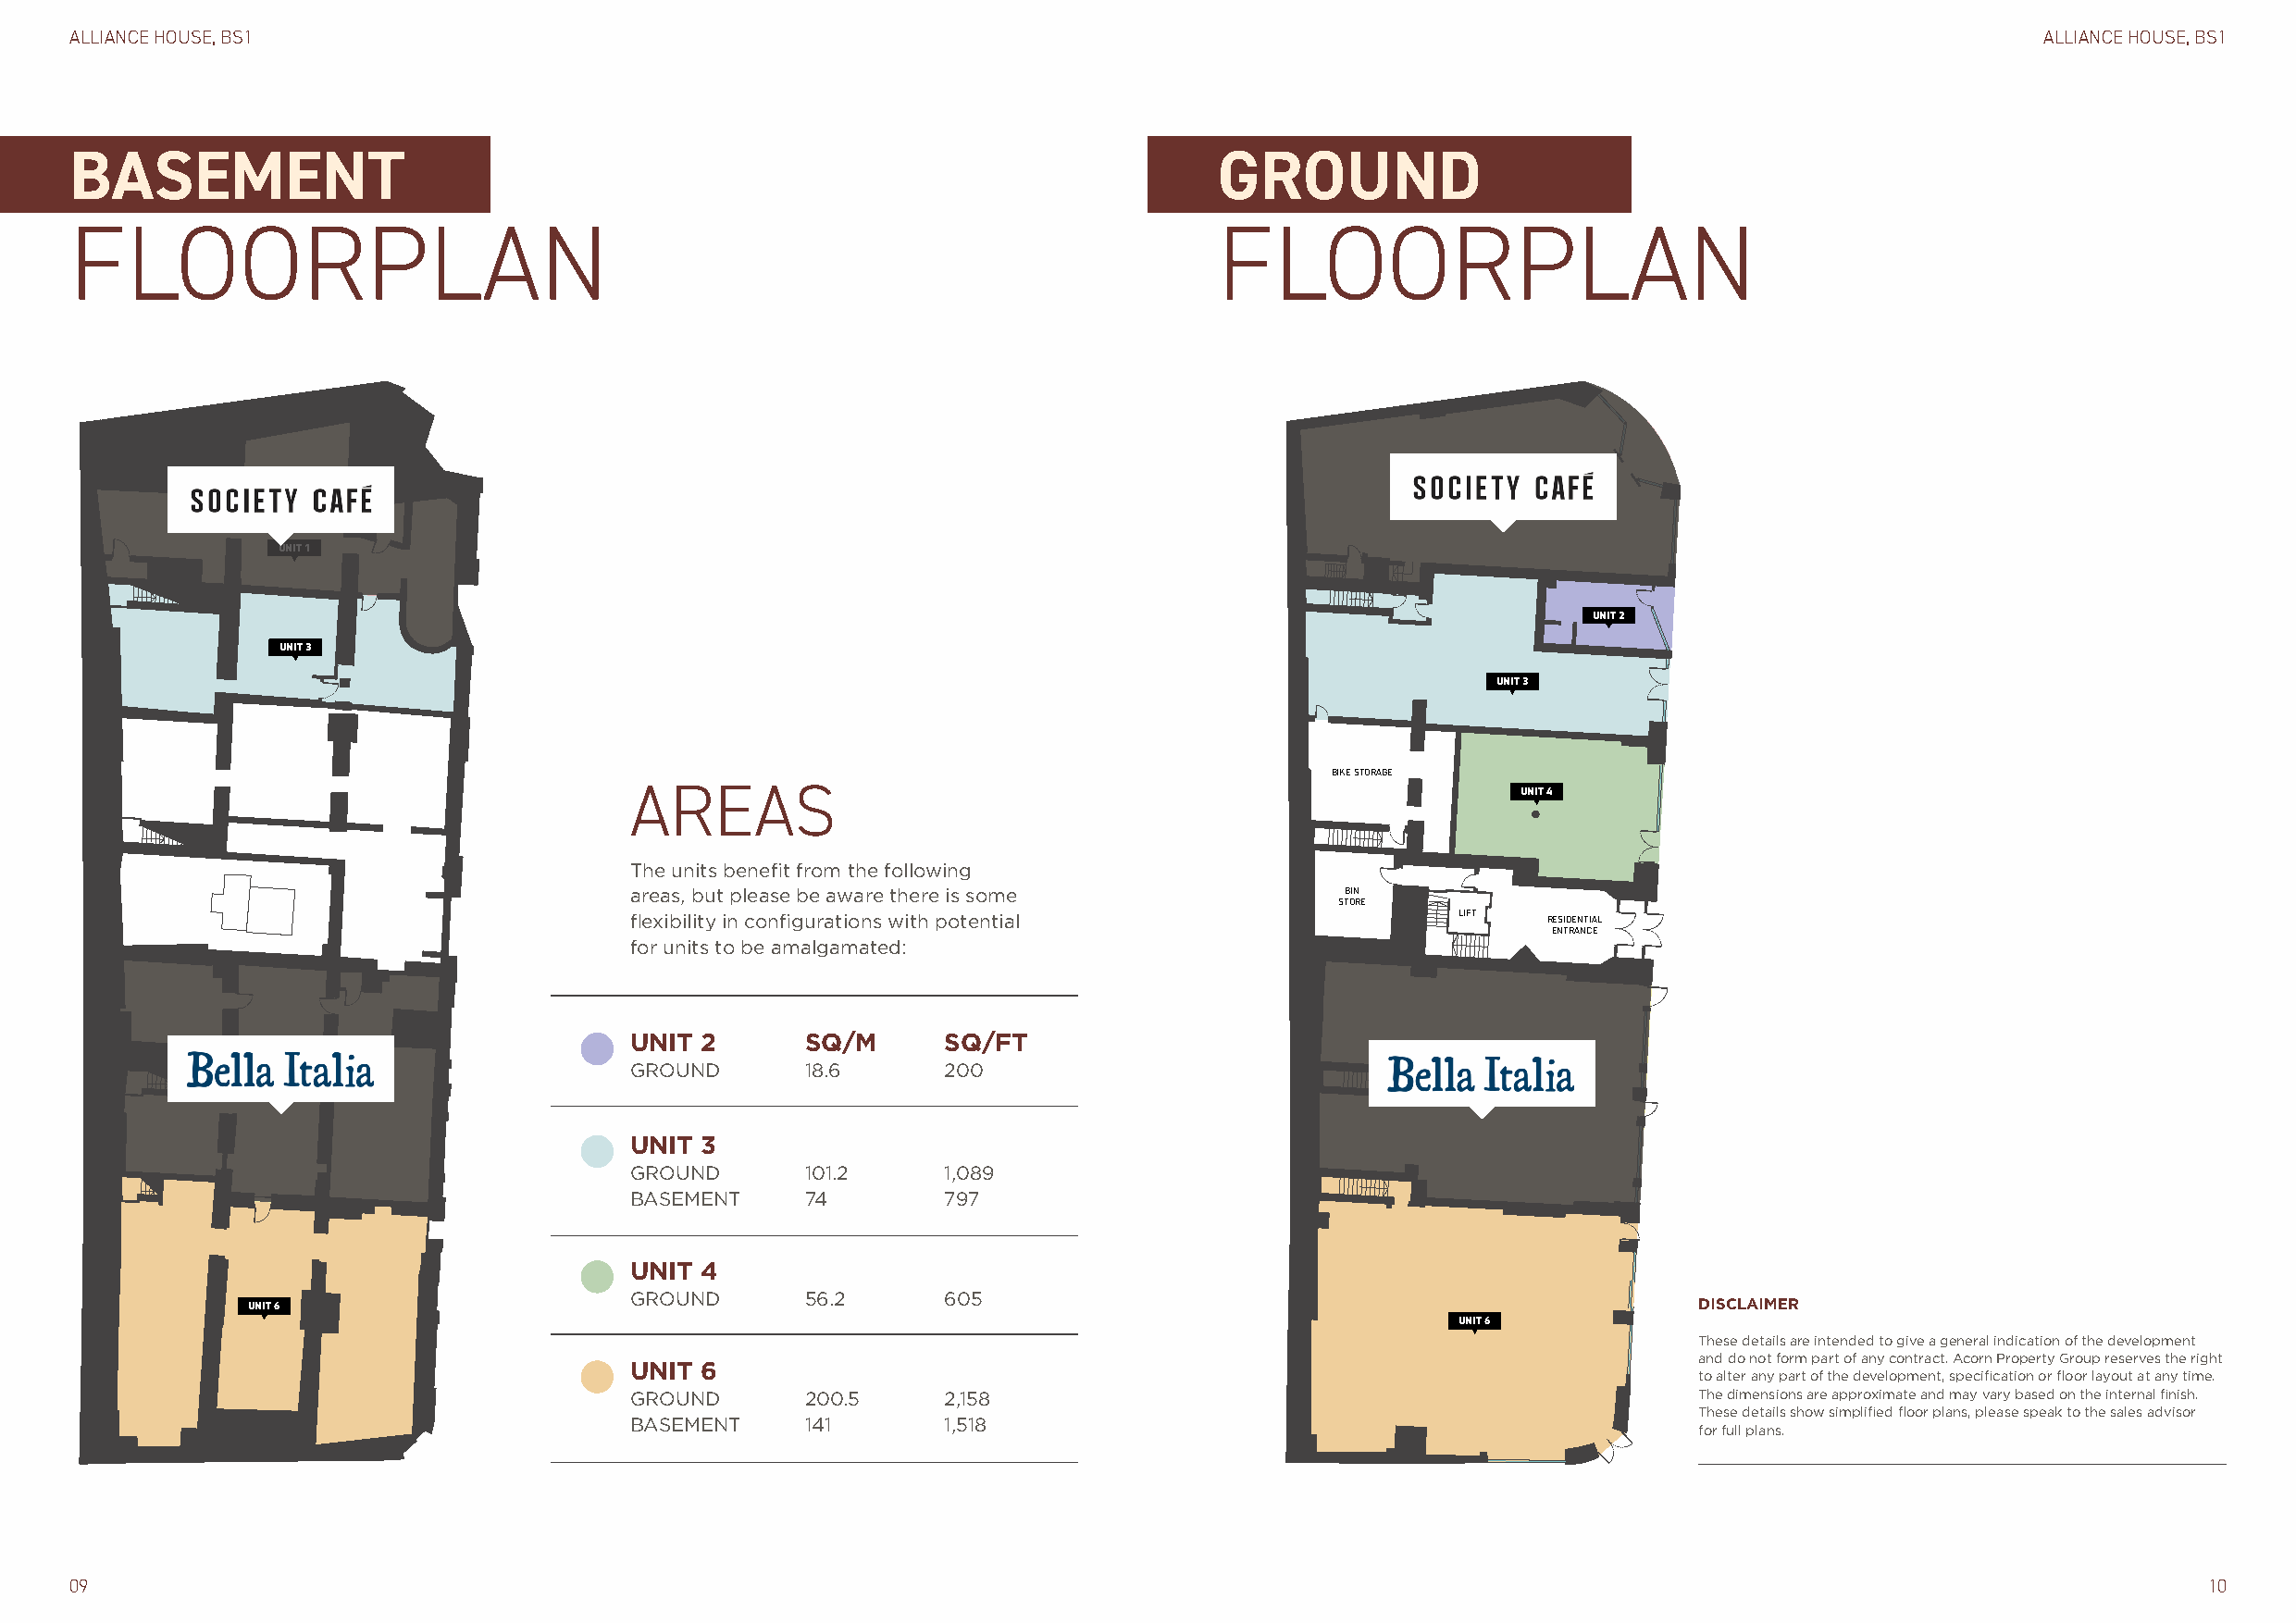
ALLIANCE HOUSE, BS1                                                                                                                          ALLIANCE HOUSE, BS1
 BASEMENT                                                                          GROUND
 FLOORPLAN                                                                         FLOORPLAN
 UNIT 1
 UNIT 1
 UNIT 2
 UNIT 3
 UNIT 3
 BIKE STORAGE
 AREAS                                                           UNIT 4
 The units benefit from the following
 areas, but please be aware there is some           BIN
 STORE
 flexibility in configurations with potential               LIFT   RESIDENTIAL
 ENTRANCE
 for units to be amalgamated:
 UNIT 2       SQ/M      SQ/FT
 GROUND       18.6      200
 UNIT 3
 GROUND       101.2     1,089
 BASEMENT     74        797
 UNIT 4
 GROUND       56.2      605
 UNIT 6                                                                                                 DISCLAIMER
 UNIT 6
 These details are intended to give a general indication of the development
 and do not form part of any contract. Acorn Property Group reserves the right
 UNIT 6
 to alter any part of the development, specification or floor layout at any time.
 GROUND       200.5     2,158                                                The dimensions are approximate and may vary based on the internal finish.
 These details show simplified floor plans, please speak to the sales advisor
 BASEMENT     141       1,518
 for full plans.
 09                                                                                                                                                       10